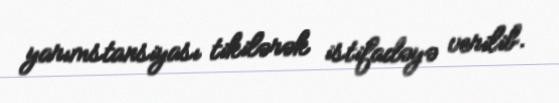
yarımstansiyası tikilərək istifadəyə verilib.